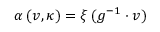
\alpha \, ( v , \kappa ) = \xi \, ( g ^ { - 1 } \cdot v )